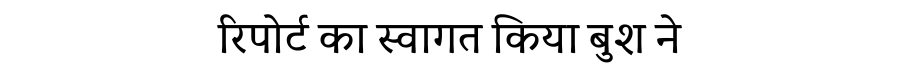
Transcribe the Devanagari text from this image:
रिपोर्ट का स्वागत किया बुश ने